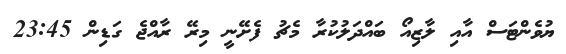
ޔުވެންޓަސް އާއި ލާޒިއޯ ބައްދަލުކުރާ މެޗު ފެށޭނީ މިރޭ ރާއްޖެ ގަޑިން 23:45